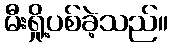
မီးရှို့ပစ်ခဲ့သည်။